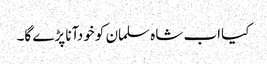
﻿﻿ کیااب شاہ سلمان کو خودآنا پڑے گا۔